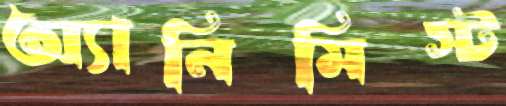
অ্যানিমিস্ট